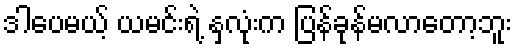
ဒါပေမယ့် ယမင်းရဲ့ နှလုံးက ပြန်ခုန်မလာတော့ဘူး